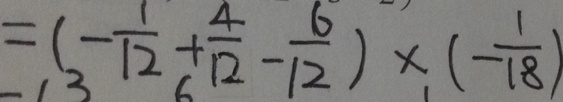
= ( - \frac { 1 } { 1 2 } + \frac { 4 } { 1 2 } - \frac { 6 } { 1 2 } ) \times ( - \frac { 1 } { 1 8 } )